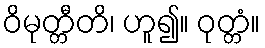
ဝိမုတ္တီတိ၊ ဟူ၍။ ဝုတ္တံ။